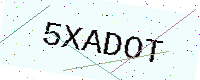
Text: 5XADOT